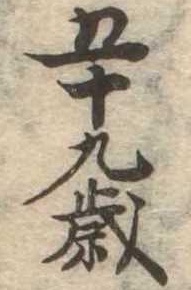
五十九歳